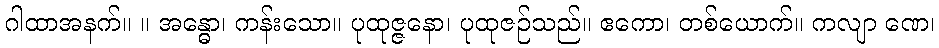
ဂါထာအနက်။ ။ အန္ဓော၊ ကန်းသော။ ပုထုဇ္ဇနော၊ ပုထုဇဉ်သည်။ ဧကော၊ တစ်ယောက်။ ကလျာ ဏေ၊